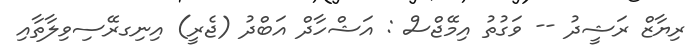
ރިޔާޒް ރަޝީދު -- ވަގުތު އިމޭޖްސް : އަޝްހާދް އަބްދު (ޖެރީ) އިނިގރޭސިވިލާތާއި